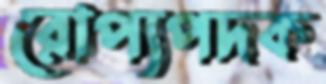
রোপ্যপদক